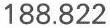
188.822